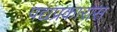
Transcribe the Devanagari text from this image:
पद्यप्रकारास